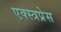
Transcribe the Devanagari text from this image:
एक्स्त्रप्रेस